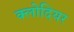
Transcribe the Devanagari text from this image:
क्लोदियर